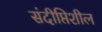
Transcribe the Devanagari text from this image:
संदीप्तिशील